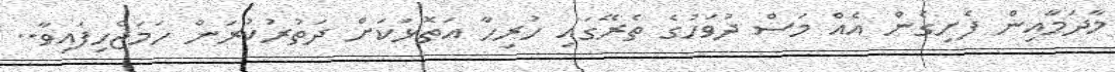
މާދަމާއިން ފެށިގެން އެއް މަސް ދުވަހުގެ ތެރޭގައި ހުރިހާ އަތޮޅަކަށް ދަތުރުކުރަން ހަމަޖެހިފައިވާ..